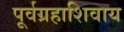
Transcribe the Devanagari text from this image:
पूर्वग्रहाशिवाय